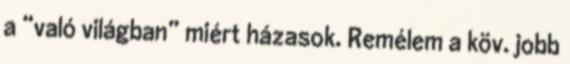
a “való világban” miért házasok. Remélem a köv. jobb